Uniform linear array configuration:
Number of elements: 64
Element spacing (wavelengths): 0.5
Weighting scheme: cosine
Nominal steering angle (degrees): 0
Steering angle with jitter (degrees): -0.3241
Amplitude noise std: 0.05
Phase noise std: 0.05

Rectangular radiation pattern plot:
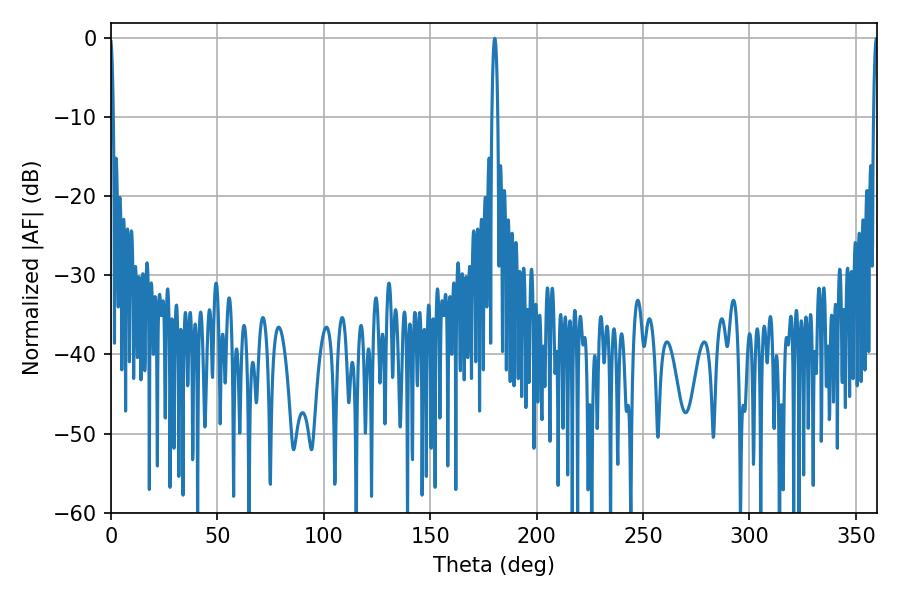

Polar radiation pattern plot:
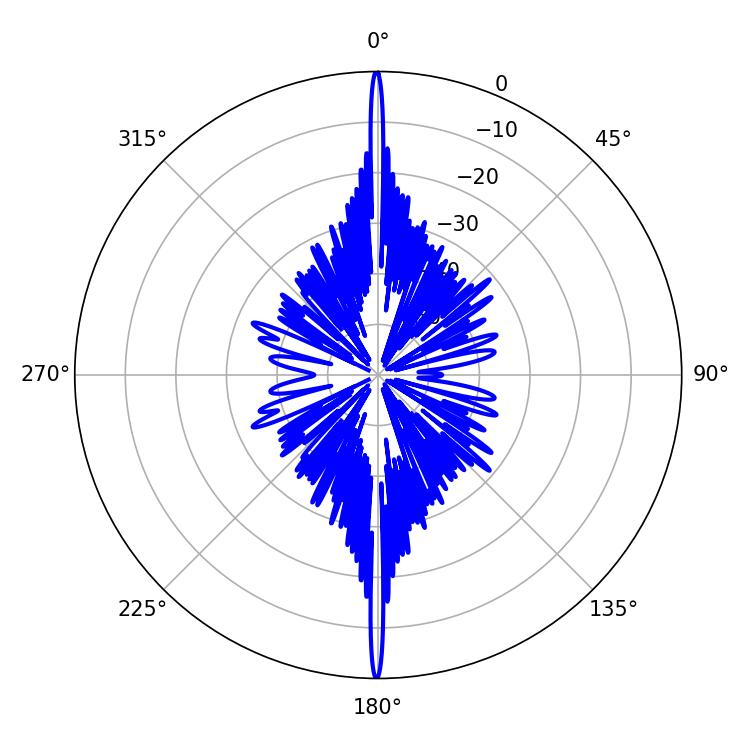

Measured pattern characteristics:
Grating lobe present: FALSE
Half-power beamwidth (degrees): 1.08
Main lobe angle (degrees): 359.64